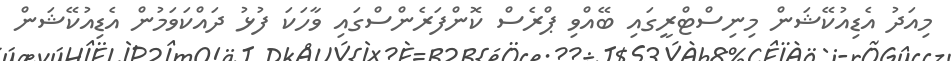
މިއަދު އެޑިއުކޭޝަން މިނިސްޓްރީގައި ބޭއްވި ޕްރެސް ކޮންފަރެންސްގައި ވާހަކަ ފުޅު ދައްކަވަމުން އެޑިއުކޭޝަން